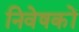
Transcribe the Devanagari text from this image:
निवेषकों